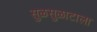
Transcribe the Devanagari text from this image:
सुळसुळाटाला